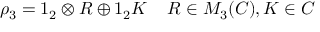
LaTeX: \rho _ { 3 } = 1 _ { 2 } \otimes R \oplus 1 _ { 2 } K \; \; \; \; R \in M _ { 3 } ( C ) , K \in C